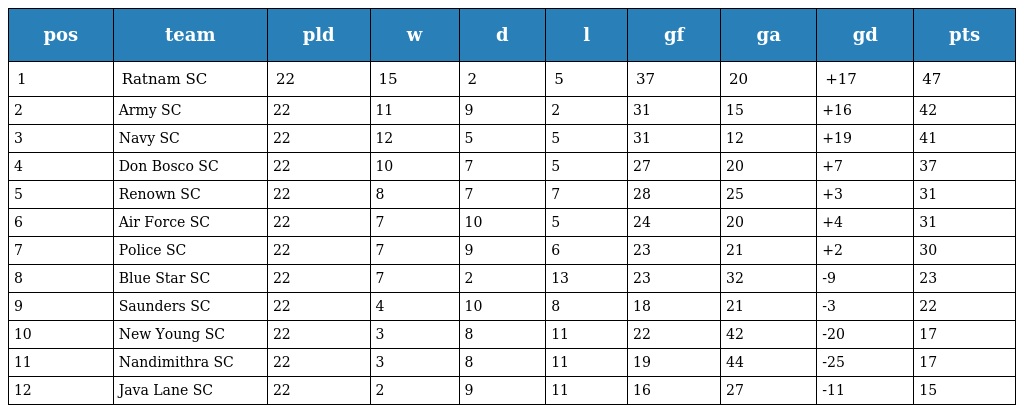
| pos | team | pld | w | d | l | gf | ga | gd | pts |
 | --- | --- | --- | --- | --- | --- | --- | --- | --- | --- |
 | 1 | Ratnam SC | 22 | 15 | 2 | 5 | 37 | 20 | +17 | 47 |
 | 2 | Army SC | 22 | 11 | 9 | 2 | 31 | 15 | +16 | 42 |
 | 3 | Navy SC | 22 | 12 | 5 | 5 | 31 | 12 | +19 | 41 |
 | 4 | Don Bosco SC | 22 | 10 | 7 | 5 | 27 | 20 | +7 | 37 |
 | 5 | Renown SC | 22 | 8 | 7 | 7 | 28 | 25 | +3 | 31 |
 | 6 | Air Force SC | 22 | 7 | 10 | 5 | 24 | 20 | +4 | 31 |
 | 7 | Police SC | 22 | 7 | 9 | 6 | 23 | 21 | +2 | 30 |
 | 8 | Blue Star SC | 22 | 7 | 2 | 13 | 23 | 32 | -9 | 23 |
 | 9 | Saunders SC | 22 | 4 | 10 | 8 | 18 | 21 | -3 | 22 |
 | 10 | New Young SC | 22 | 3 | 8 | 11 | 22 | 42 | -20 | 17 |
 | 11 | Nandimithra SC | 22 | 3 | 8 | 11 | 19 | 44 | -25 | 17 |
 | 12 | Java Lane SC | 22 | 2 | 9 | 11 | 16 | 27 | -11 | 15 |